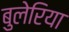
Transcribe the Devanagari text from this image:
बुलेरिया